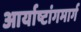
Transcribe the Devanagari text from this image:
आर्याष्टांगमार्ग